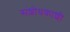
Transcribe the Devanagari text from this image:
संशोधकाशी